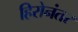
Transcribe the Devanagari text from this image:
हिरोनंतर